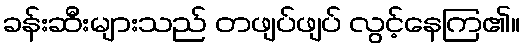
ခန်းဆီးများသည် တဖျပ်ဖျပ် လွင့်နေကြ၏။